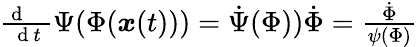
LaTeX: \begin{array}{r}{\frac{\mathrm{~d~\, ~\, ~}}{\mathrm{~d~}t}\Psi(\Phi({\boldsymbol x}(t)))=\dot{\Psi}(\Phi))\dot{\Phi}=\frac{\dot{\Phi}}{\psi(\Phi)}}\end{array}